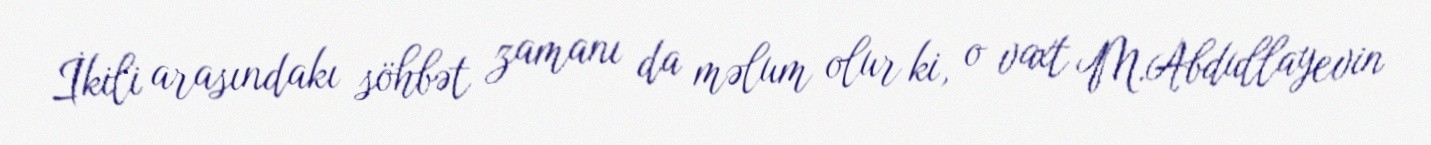
İkili arasındakı söhbət zamanı da məlum olur ki, o vaxt M.Abdullayevin